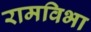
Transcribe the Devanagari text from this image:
रामविभा